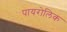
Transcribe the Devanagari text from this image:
पायरोलिक